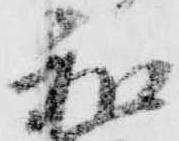
和